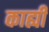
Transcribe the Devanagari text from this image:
काह्यी